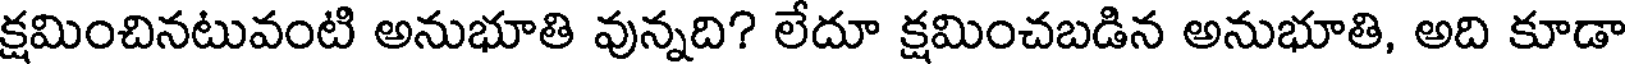
క్షమించినటువంటి అనుభూతి వున్నది? లేదూ క్షమించబడిన అనుభూతి, అది కూడా